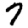
Digit: 7